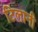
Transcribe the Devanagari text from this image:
टिलानी